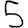
Digit: 5